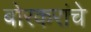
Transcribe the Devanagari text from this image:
बोरकरांचे